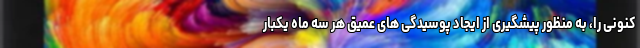
کنونی را، به منظور پیشگیری از ایجاد پوسیدگی های عمیق هر سه ماه یکبار